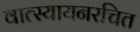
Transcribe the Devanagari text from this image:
वात्स्यायनरचित